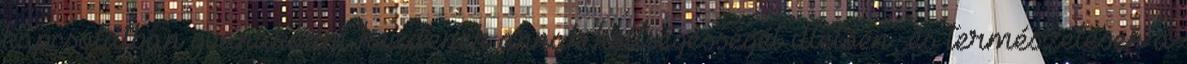
kapcsolatban gyanakodni kezdenek annak költségességét illetően, és természetesen a